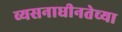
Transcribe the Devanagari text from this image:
व्यसनाधीनतेच्या